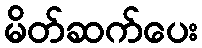
မိတ်ဆက်ပေး